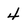
Character: 4